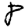
Digit: 8